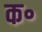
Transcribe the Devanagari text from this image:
क॰